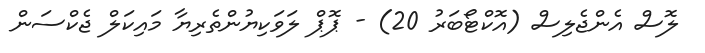
ލޮސް އެންޖެލިސް (އޮކްޓޯބަރު 20) - ޕޮޕް ލަވަކިޔުންތެރިޔާ މައިކަލް ޖެކްސަން